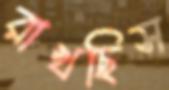
রাখছিস